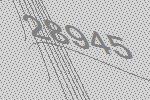
28945